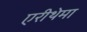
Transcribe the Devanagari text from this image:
एरीथेमा